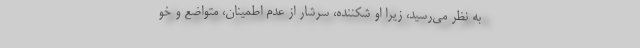
به نظر می‌رسید، زیرا او شکننده، سرشار از عدم اطمینان، متواضع و خو